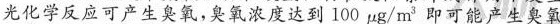
光化学反应可产生臭氧，臭氧浓度达到100μg/m3即可能产生臭氧